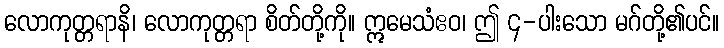
လောကုတ္တရာနိ၊ လောကုတ္တရာ စိတ်တို့ကို။ ဣမေသံဧဝ၊ ဤ ၄-ပါးသော မဂ်တို့၏ပင်။